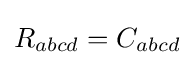
R_{abcd}=C_{abcd}